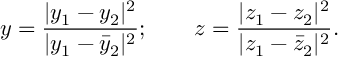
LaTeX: y = \frac { | y _ { 1 } - y _ { 2 } | ^ { 2 } } { | y _ { 1 } - { \bar { y } _ { 2 } } | ^ { 2 } } ; \qquad z = \frac { | z _ { 1 } - z _ { 2 } | ^ { 2 } } { | z _ { 1 } - { \bar { z } _ { 2 } } | ^ { 2 } } .